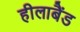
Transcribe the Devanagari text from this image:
हीलाबैंड